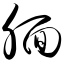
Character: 腼